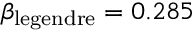
\beta _ { \mathrm { l e g e n d r e } } = 0 . 2 8 5